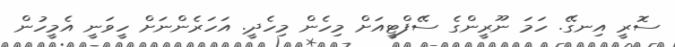
ސޮރީ އިނގޭ. ހަމަ ނޫރީންގެ ސޭފްޓީއަށް މިހެން މިހެދީ. އަހަރެންނަށް ހީވަނީ އެމީހުން